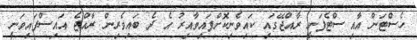
ހެސްޓަން އާއި ސްޓެފަނީ ރާއްޖޭގައި ކައިވެނިކޮށްފައިވާއިރު އެ ދެ ބައިވެރިން ރާއްޖެ އައިސްފައިވަނީ